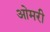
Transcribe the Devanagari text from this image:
ओमरी